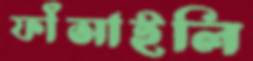
ফাঁসাইলি